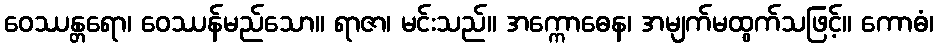
ဝေဿန္တရော၊ ဝေဿန်မည်သော။ ရာဇာ၊ မင်းသည်။ အက္ကောဓေန၊ အမျက်မထွက်သဖြင့်။ ကောဓံ၊